Annual returns of the Patna Lunatic Asylum at Bankipore in Bihar and Orissa - 1912-1924
Year: 1912
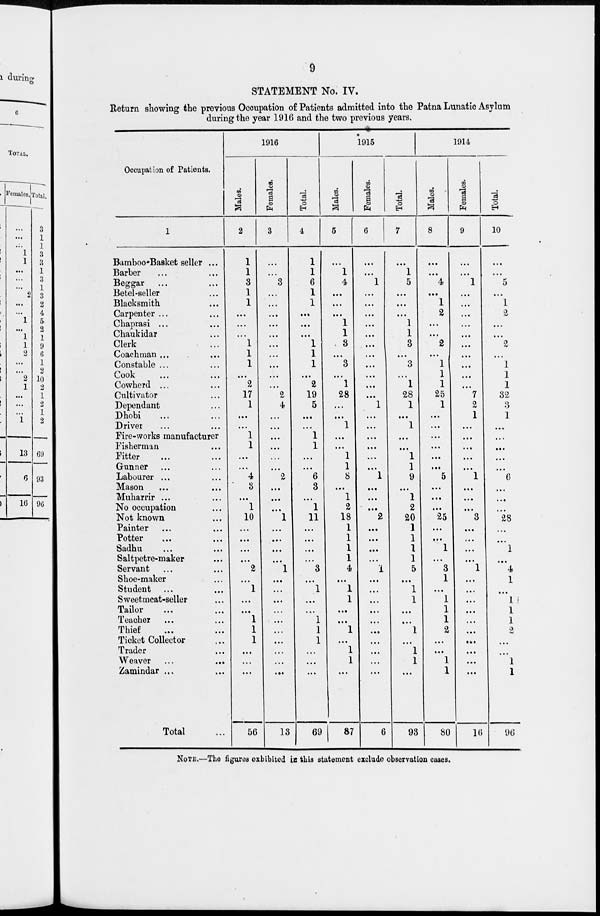
9
STATEMENT No. IV.
Return showing the previous Occupation of Patients admitted into the Patna Lunatic Asylum
during the year 1916 and the two previous years.
Occupation of Patients.
1
Bamboo-Basket seller ...
Barber ... ...
Beggar ... ...
Betel-seller ...
Blacksmith ...
Carpenter ... ...
Chaprasi ... ...
Chaukidar ...
Clerk ...
Coachman ... ...
Constable ... ...
Cook ... ...
Cowherd ... ...
Cultivator ...
Dependant ...
Dhobi ... ...
Driver ... ...
Fire-works manufacturer
Fisherman ...
Fitter ... ...
Gunner ... ...
Labourer ... ...
Mason ... ...
Muharrir ... ...
No occupation ...
Not known ...
Painter ... ...
Potter ... ...
Sadhu ... ...
Saltpetre-maker ...
Servant ... ...
Shoe-maker ...
Student ... ...
Sweetmeat-seller ...
Tailor ... ...
Teacher ... ...
Thief ... ...
Ticket Collector ...
Trader ...
Weaver ... ...
Zamindar ... ...
Total ...
1916
Males.
2
1
1
3
1
1
...
...
...
1
1
1
...
2
17
1
...
...
1
1
...
...
4
3
...
1
10
...
...
...
...
2
...
1
...
...
1
1
1
...
...
...
56
Females.
3
...
...
3
...
...
...
...
...
...
...
...
...
...
2
4
...
...
...
...
...
...
2
...
...
...
1
...
...
...
...
1
...
...
...
...
...
...
...
...
...
...
13
Total.
4
1
1
6
1
1
...
...
...
1
1
1
...
2
19
5
...
...
1
1
...
...
6
3
...
1
11
...
...
...
...
3
...
1
...
...
1
1
1
...
...
...
69
1915
Males.
5
...
1
4
...
...
...
1
1
3
...
3
...
1
28
...
...
1
...
...
1
1
8
...
1
2
18
1
1
1
1
4
...
1
1
...
...
1
...
1
1
...
87
Females.
6
...
...
1
...
...
...
...
...
...
...
...
...
...
...
1
...
...
...
...
...
...
1
...
...
...
2
...
...
...
...
1
...
...
...
...
...
...
...
...
...
...
6
Total.
7
...
1
5
...
...
...
1
1
3
...
3
...
1
28
1
...
1
...
...
1
1
9
...
1
2
20
1
1
1
1
5
...
1
1
...
...
1
...
1
1
...
93
1914
Males.
8
...
...
4
...
1
2
...
...
2
...
1
1
1
25
1
...
...
...
...
...
...
5
...
...
...
25
...
...
1
...
3
1
...
1
1
1
2
...
...
1
1
80
Females.
9
...
...
1
...
...
...
...
...
...
...
...
...
...
7
2
1
...
...
...
...
...
1
...
...
...
3
...
...
...
...
1
...
...
...
...
...
...
...
...
...
...
16
Total.
10
...
...
5
...
1
2
...
...
2
...
1
1
1
32
3
1
...
...
...
...
...
6
...
...
...
28
...
...
1
...
4
1
...
1
1
1
2
...
...
1
1
96
NOTE.—The figures exhibited in this statement exclude observation cases.